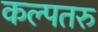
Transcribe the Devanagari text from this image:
कल्‍पतरु